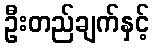
ဦးတည်ချက်နှင့်